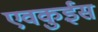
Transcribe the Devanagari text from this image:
एवकुईस